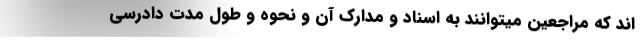
اند که مراجعین میتوانند به اسناد و مدارک آن و نحوه و طول مدت دادرسی